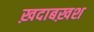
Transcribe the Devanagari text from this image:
ख़दाबख़श